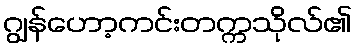
ဂျွန်ဟော့ကင်းတက္ကသိုလ်၏